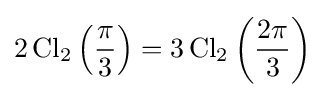
2\operatorname {Cl} _{2}\left({\frac {\pi }{3}}\right)=3\operatorname {Cl} _{2}\left({\frac {2\pi }{3}}\right)